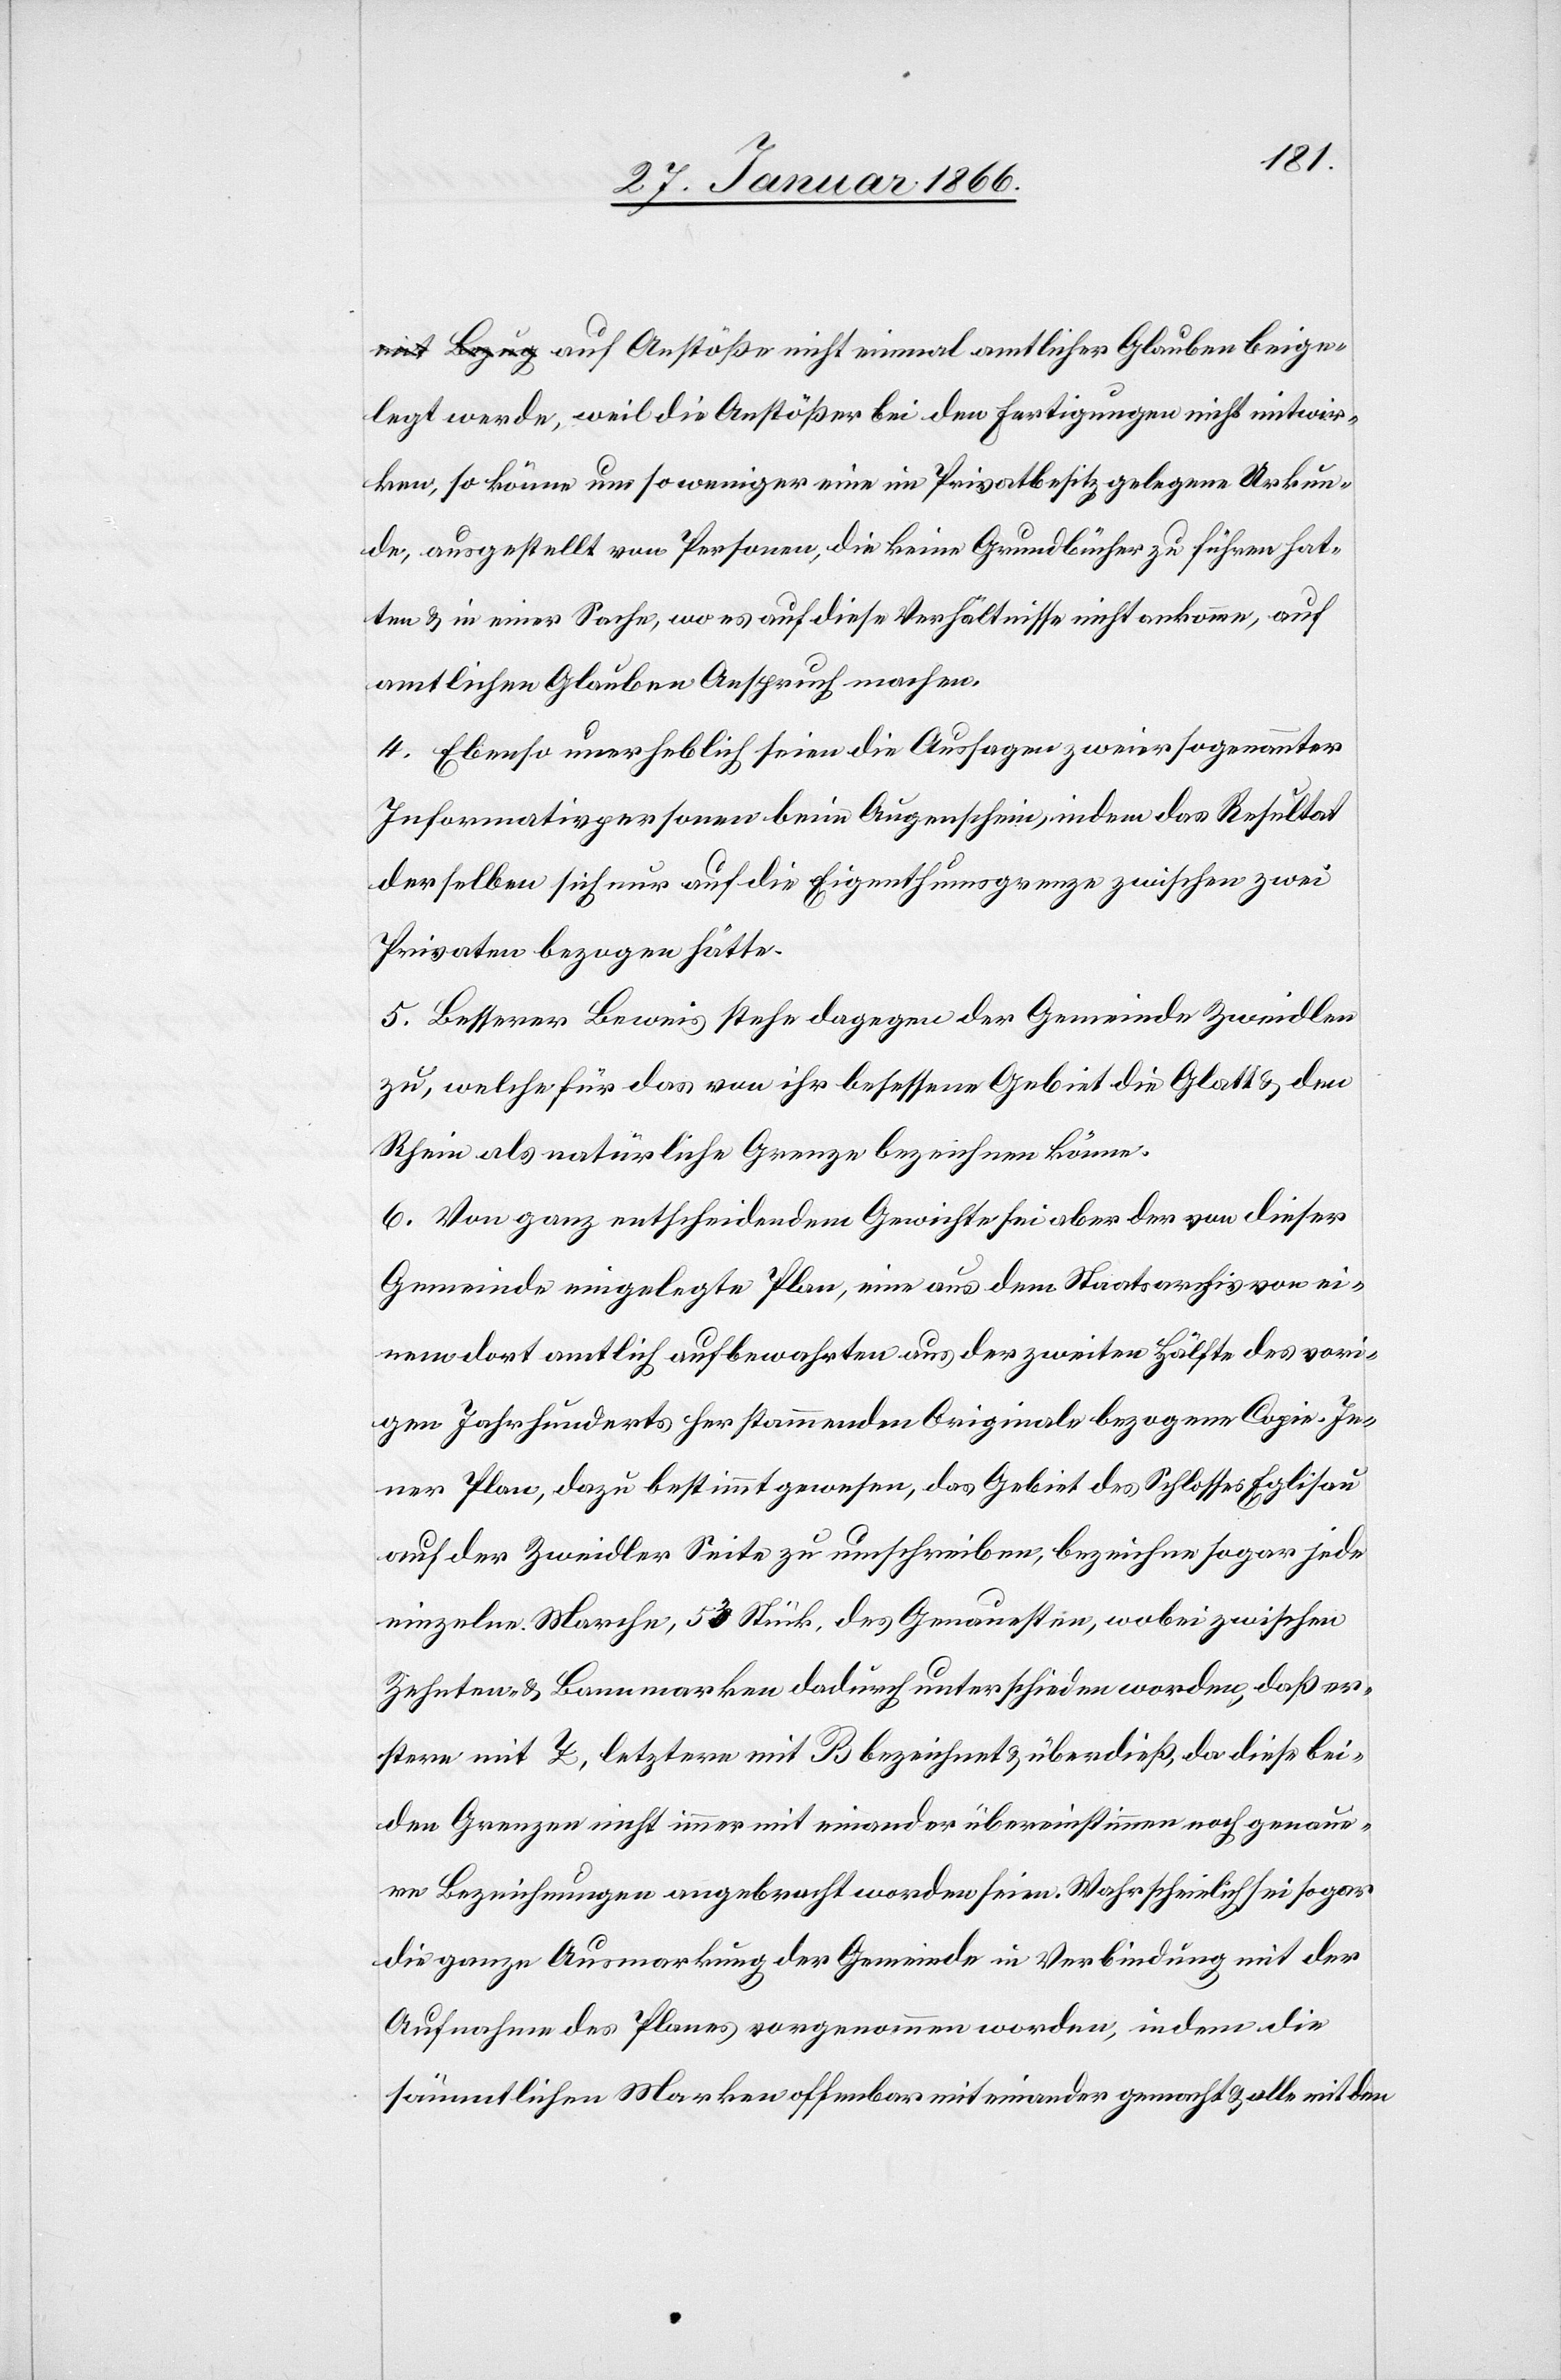
mit
legt werde, weil die Anstöße bei den Fertigungen nicht mitwir¬
ken, so könne um so weniger eine im Privatbesitz gelegene Urkun¬
de, ausgestellt von Personen, die keine Grundbücher zu führen hat¬
ten u. in einer Sache, wo es auf diese Verhältnisse nicht ankomme, auf
amtlichen Glauben Anspruch machen.
4. Ebenso unerheblich seien die Aussagen zweier sogenannter
Informativpersonen beim Augenschein, indem das Resultat
derselben sich nur auf die Eigenthumsgrenze zwischen zwei
Privaten bezogen hätte.
5. Besserer Beweis stehe dagegen der Gemeinde Zweidlen
zu, welche für das von ihr besessene Gebiet die Glatt u. den
Rhein als natürliche Grenze bezeichnen könne.
6. Von ganz entscheidendem Gewichte sei aber der von dieser
Gemeinde eingelegte Plan, eine aus dem Staatsarchiv von ei¬
nem dort amtlich aufbewahrten aus der zweiten Hälfte des vori¬
gen Jahrhunderts her stammenden Originale bezogene Copie. Je¬
ner Plan, dazu bestimmt gewesen, das Gebiet des Schlosses Eglisau
auf der Zweidler Seite zu umschreiben, bezeichne sogar jede
einzelne Marche, 53 Stück, des Genauesten, wobei zwischen
Zehnten u. Bannmarken dadurch unterschieden worden, daß er¬
stern mit Z, letztere mit B bezeichnet u. überdieß, da diese bei¬
den Grenzen nicht immer mit einander übereinstimmen noch genaue¬
re Bezeichnungen angebracht seien. Wahrscheinlich sei sogar die ganze
Aufnahme des Planes vorgenommen worden, indem die
sämmtlichen Marken offenbar miteinander gemacht u. alle mit den